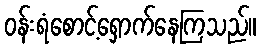
ဝန်းရံစောင့်ရှောက်နေကြသည်။